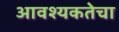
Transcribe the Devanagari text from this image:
आवश्‍यकतेचा